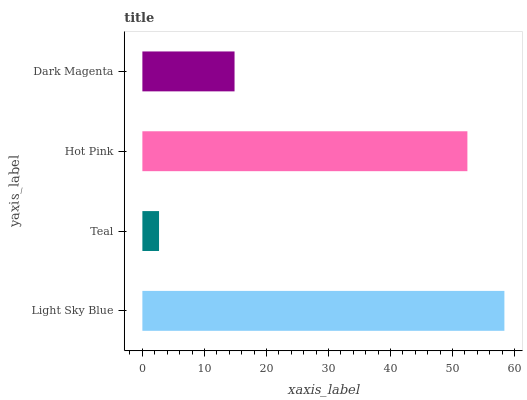
| yaxis_label | bars |
 | --- | --- |
 | Light Sky Blue | 58.4 |
 | Teal | 2.69 |
 | Hot Pink | 52.4 |
 | Dark Magenta | 14.9 |